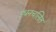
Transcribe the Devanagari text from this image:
इंधनचलित